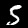
Digit: 5